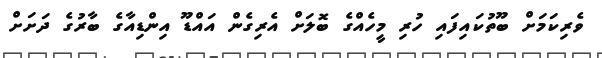
ވެރިކަމަށް ބޫތުކައިފައި ހުރި މީހެއްގެ ބޮލަށް އެރިގެން އައްޑޫ އިންޑިއާގެ ބާރުގެ ދަށަށް